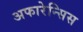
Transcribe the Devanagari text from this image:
अफारेन्सिस